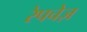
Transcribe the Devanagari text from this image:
रेपचेज़